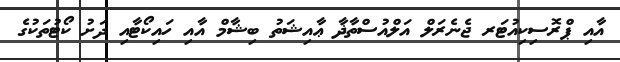
އާއި ޕްރޮސިކިއުޓަރ ޖެނެރަލް އަލްއުސްތާޛާ ޢާއިޝަތު ބިޝާމް އާއި ހައިކޯޓާއި ދަށު ކޯޓުތަކުގެ